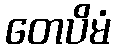
တေပိမံ